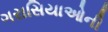
ગરાસિયાઓની